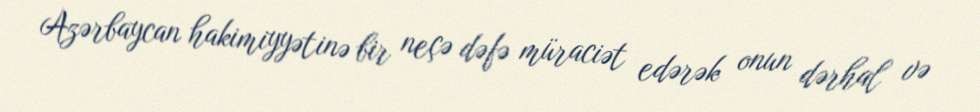
Azərbaycan hakimiyyətinə bir neçə dəfə müraciət edərək onun dərhal və